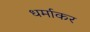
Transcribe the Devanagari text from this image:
धर्माकर